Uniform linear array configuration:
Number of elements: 64
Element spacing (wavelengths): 1
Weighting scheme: exponential
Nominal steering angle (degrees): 45
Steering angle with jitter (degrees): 43.502
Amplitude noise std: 0.05
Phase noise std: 0.05

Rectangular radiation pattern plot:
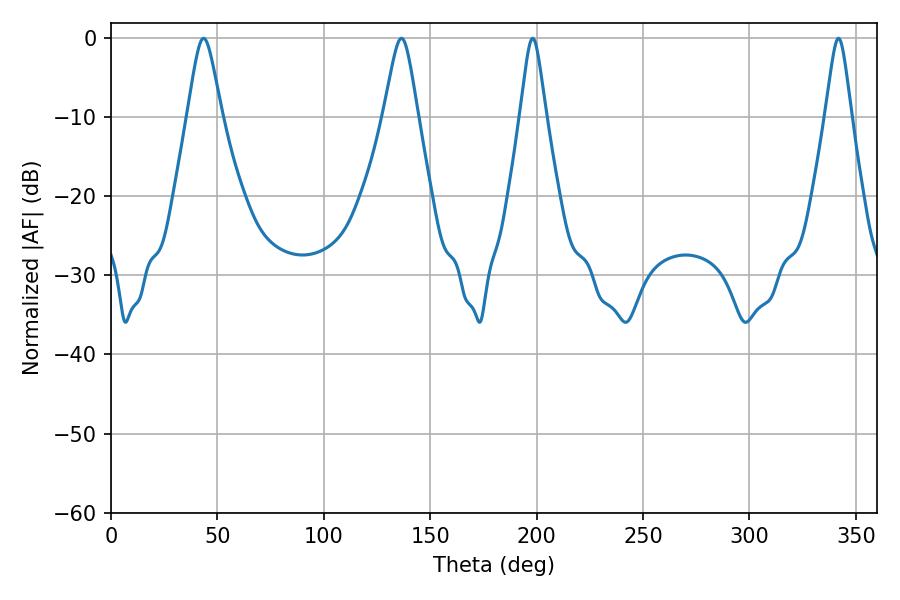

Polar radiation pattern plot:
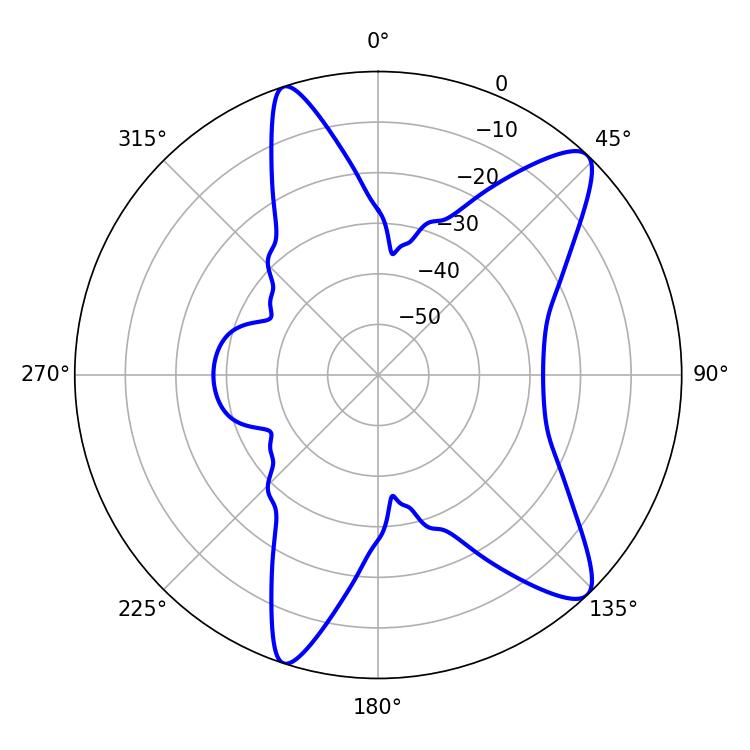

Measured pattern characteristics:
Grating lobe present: TRUE
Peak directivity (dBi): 11.227
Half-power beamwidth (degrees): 5.76
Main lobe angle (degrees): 198.18